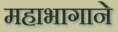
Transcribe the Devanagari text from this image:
महाभागाने